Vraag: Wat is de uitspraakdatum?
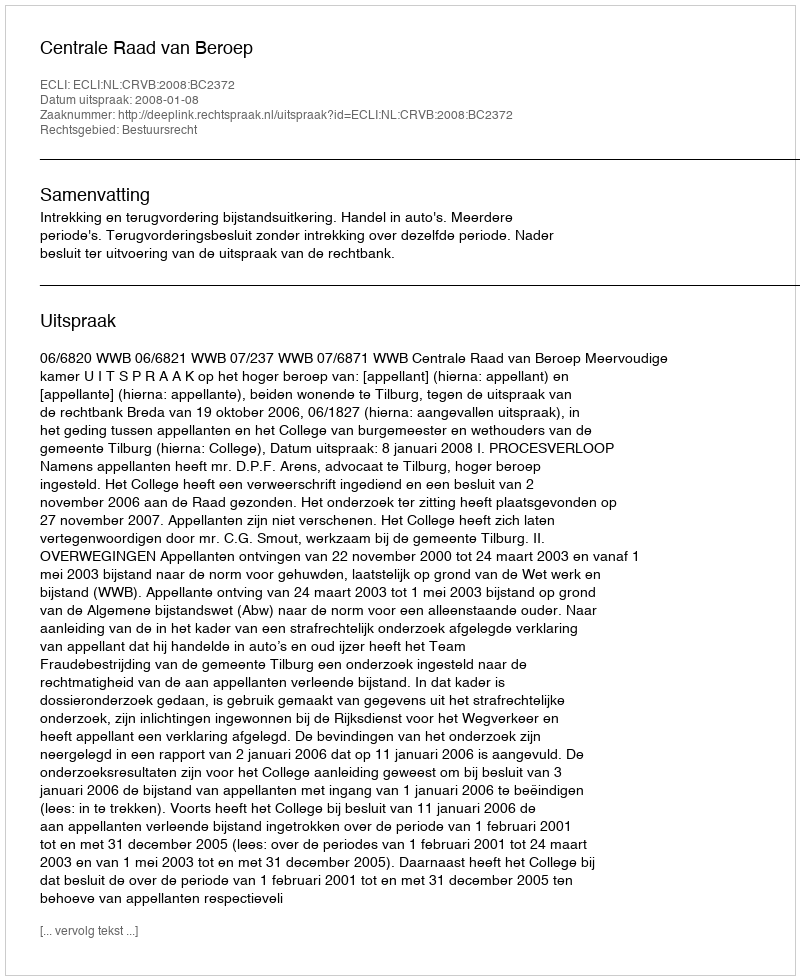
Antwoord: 2008-01-08